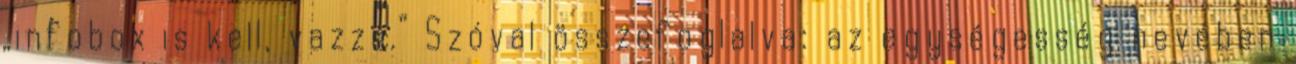
„infobox is kell, vazze.” Szóval összefoglalva: az egységesség nevében